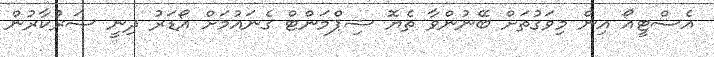
އެސްޓީއޯ އިން މިވަގުތަށް ބޭނުންވާ ތެޔޮ ޝިޕްމަންޓް ގެނައުމަށް އޯޑަރު ދިނީ ސަރުކާރުން